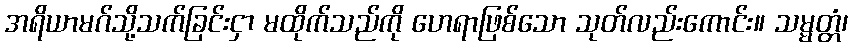
အရိယာမဂ်သို့သက်ခြင်းငှာ မထိုက်သည်ကို ဟေရာဖြစ်သော သုတ်လည်းကောင်း။ သမ္မတ္တံ၊